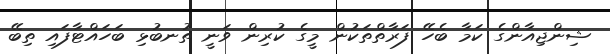
ޝިންޖިއާންގެ ކަމާ ބެހޭ ފަރާތްތަކުން މީގެ ކުރިން ވަނީ ތުނބުޅި ބަހައްޓާފައި ތިބޭ